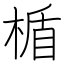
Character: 楯